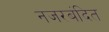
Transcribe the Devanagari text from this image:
नजरबंदित